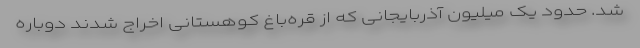
شد. حدود یک میلیون آذربایجانی که از قره‌باغ کوهستانی اخراج شدند دوباره